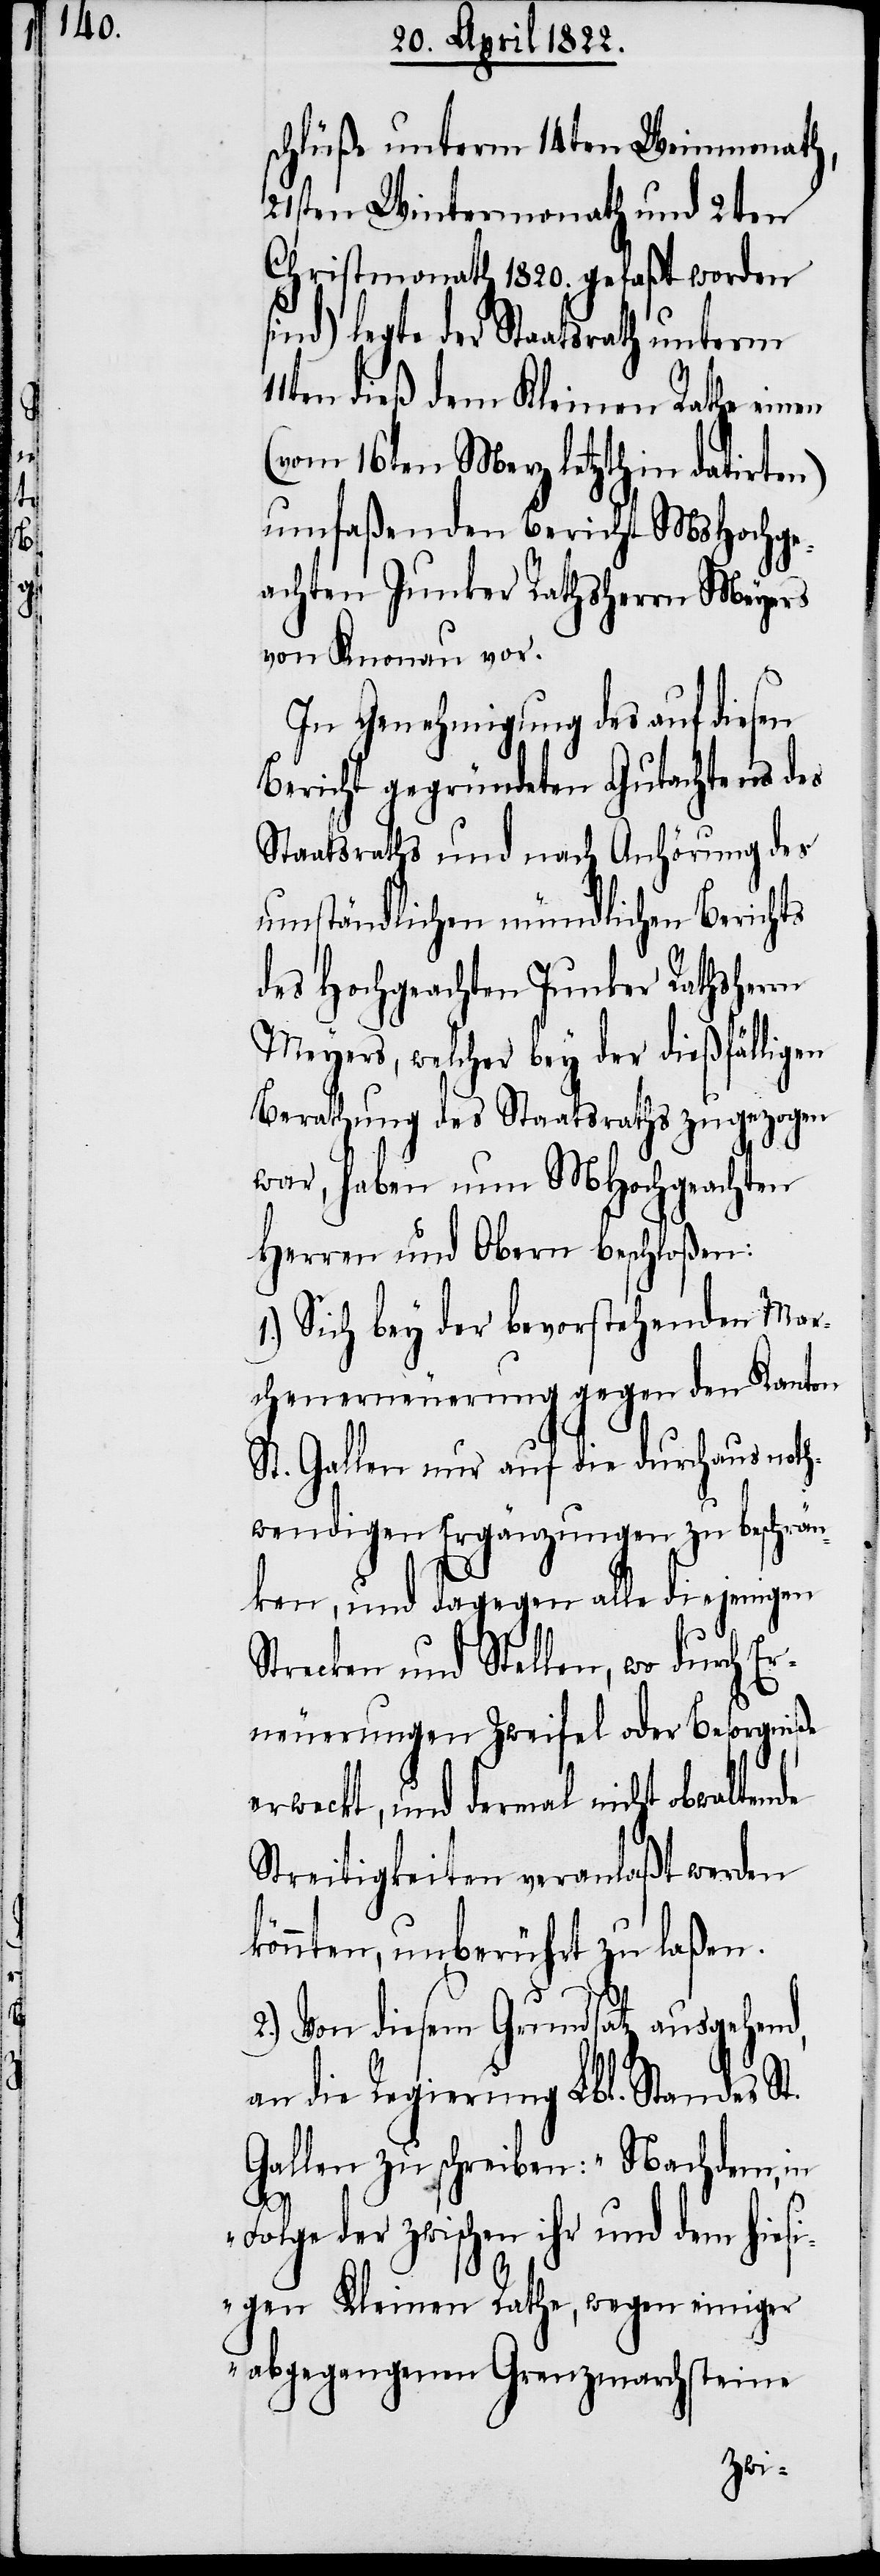
schlüße unterm 14ten Weinmontah,
21sten Wintermonath und 2ten
Christmonath 1820. gefaßt worden
sind) legte der Staatsrath unterm
en dieß dem Kleinen Rathe einen
(vom 16ten Merz letzthin datirten)
umfaßenden Bericht MsHochge¬
achten Junker Rathsherrn Meyers
von Knonau vor.
In Genehmigung des auf diesen
Bericht gegründeten Gutachtens des
Staatsrathes und nach Anhörung des
umständlichen mündlichen Berichts
des Hochgeachten Junker Rathsherrn
Meyers, welcher bey der dießfälligen
Berathung des Staatsraths zugezogen
war, haben nun MHochgeachten
Herrn und Obern beschloßen:
1.) Sich bey der bevorstehenden Mar¬
chenerneuerung gegen den Kanton
St. Gallen nur auf die durchaus noth¬
wendigen Ergänzungen zu beschrän¬
ken, und dagegen alle diejenigen
Strecken und Stellen, wo durch Er¬
neuerungen Zweifel oder Besorgniße
erweckt, und dermal nicht obwaltende
Streitigkeiten veranlaßt werden
könnten, unberührt zu laßen.
Von diesem Grundsatz ausgehend,
an die Regierung Lbl. Standes St.
Gallen zu schreiben: „Nachdem, in
2.)
Folge der zwischen ihr und dem
sigen Kleinen Rathe, wegen einiger
abgegangenen Grenzmarchsteine
hie¬